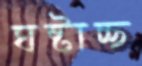
ঘষ্‌টাচ্ছ